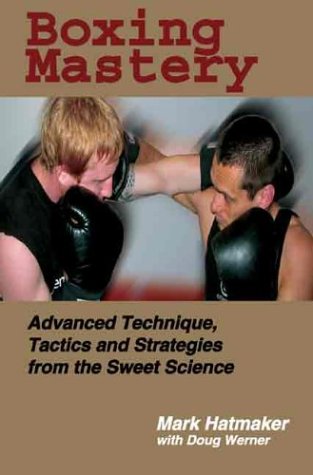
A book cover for Boxing Mastery: Advanced Technique, Tactics, and Strategies from the Sweet Science; Mark Hatmaker; Sports & Outdoors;